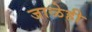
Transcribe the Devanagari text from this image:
जाळेही